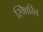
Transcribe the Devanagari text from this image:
स्क्विरिल